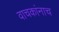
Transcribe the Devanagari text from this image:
वाचकांनाच